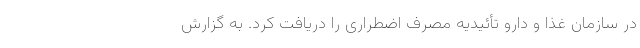
در سازمان غذا و دارو تأئیدیه مصرف اضطراری را دریافت کرد. به گزارش